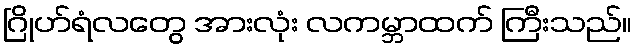
ဂြိုဟ်ရံလတွေ အားလုံး လကမ္ဘာထက် ကြီးသည်။